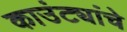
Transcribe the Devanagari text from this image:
काउंट्यांचे